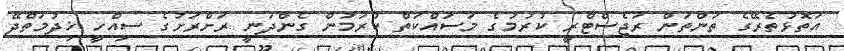
އަތޮޅުތެރޭގެ ތަންތަން ރަޖެސްޓްރީ ކުރުމުގެ މަސައްކަތް ކުރަމުން ގެންދަނީ ރަށްރަށުގެ ސިއްހީ ޚިދުމަތްދޭ